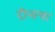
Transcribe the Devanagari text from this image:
दीनाचा